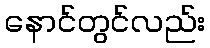
နောင်တွင်လည်း